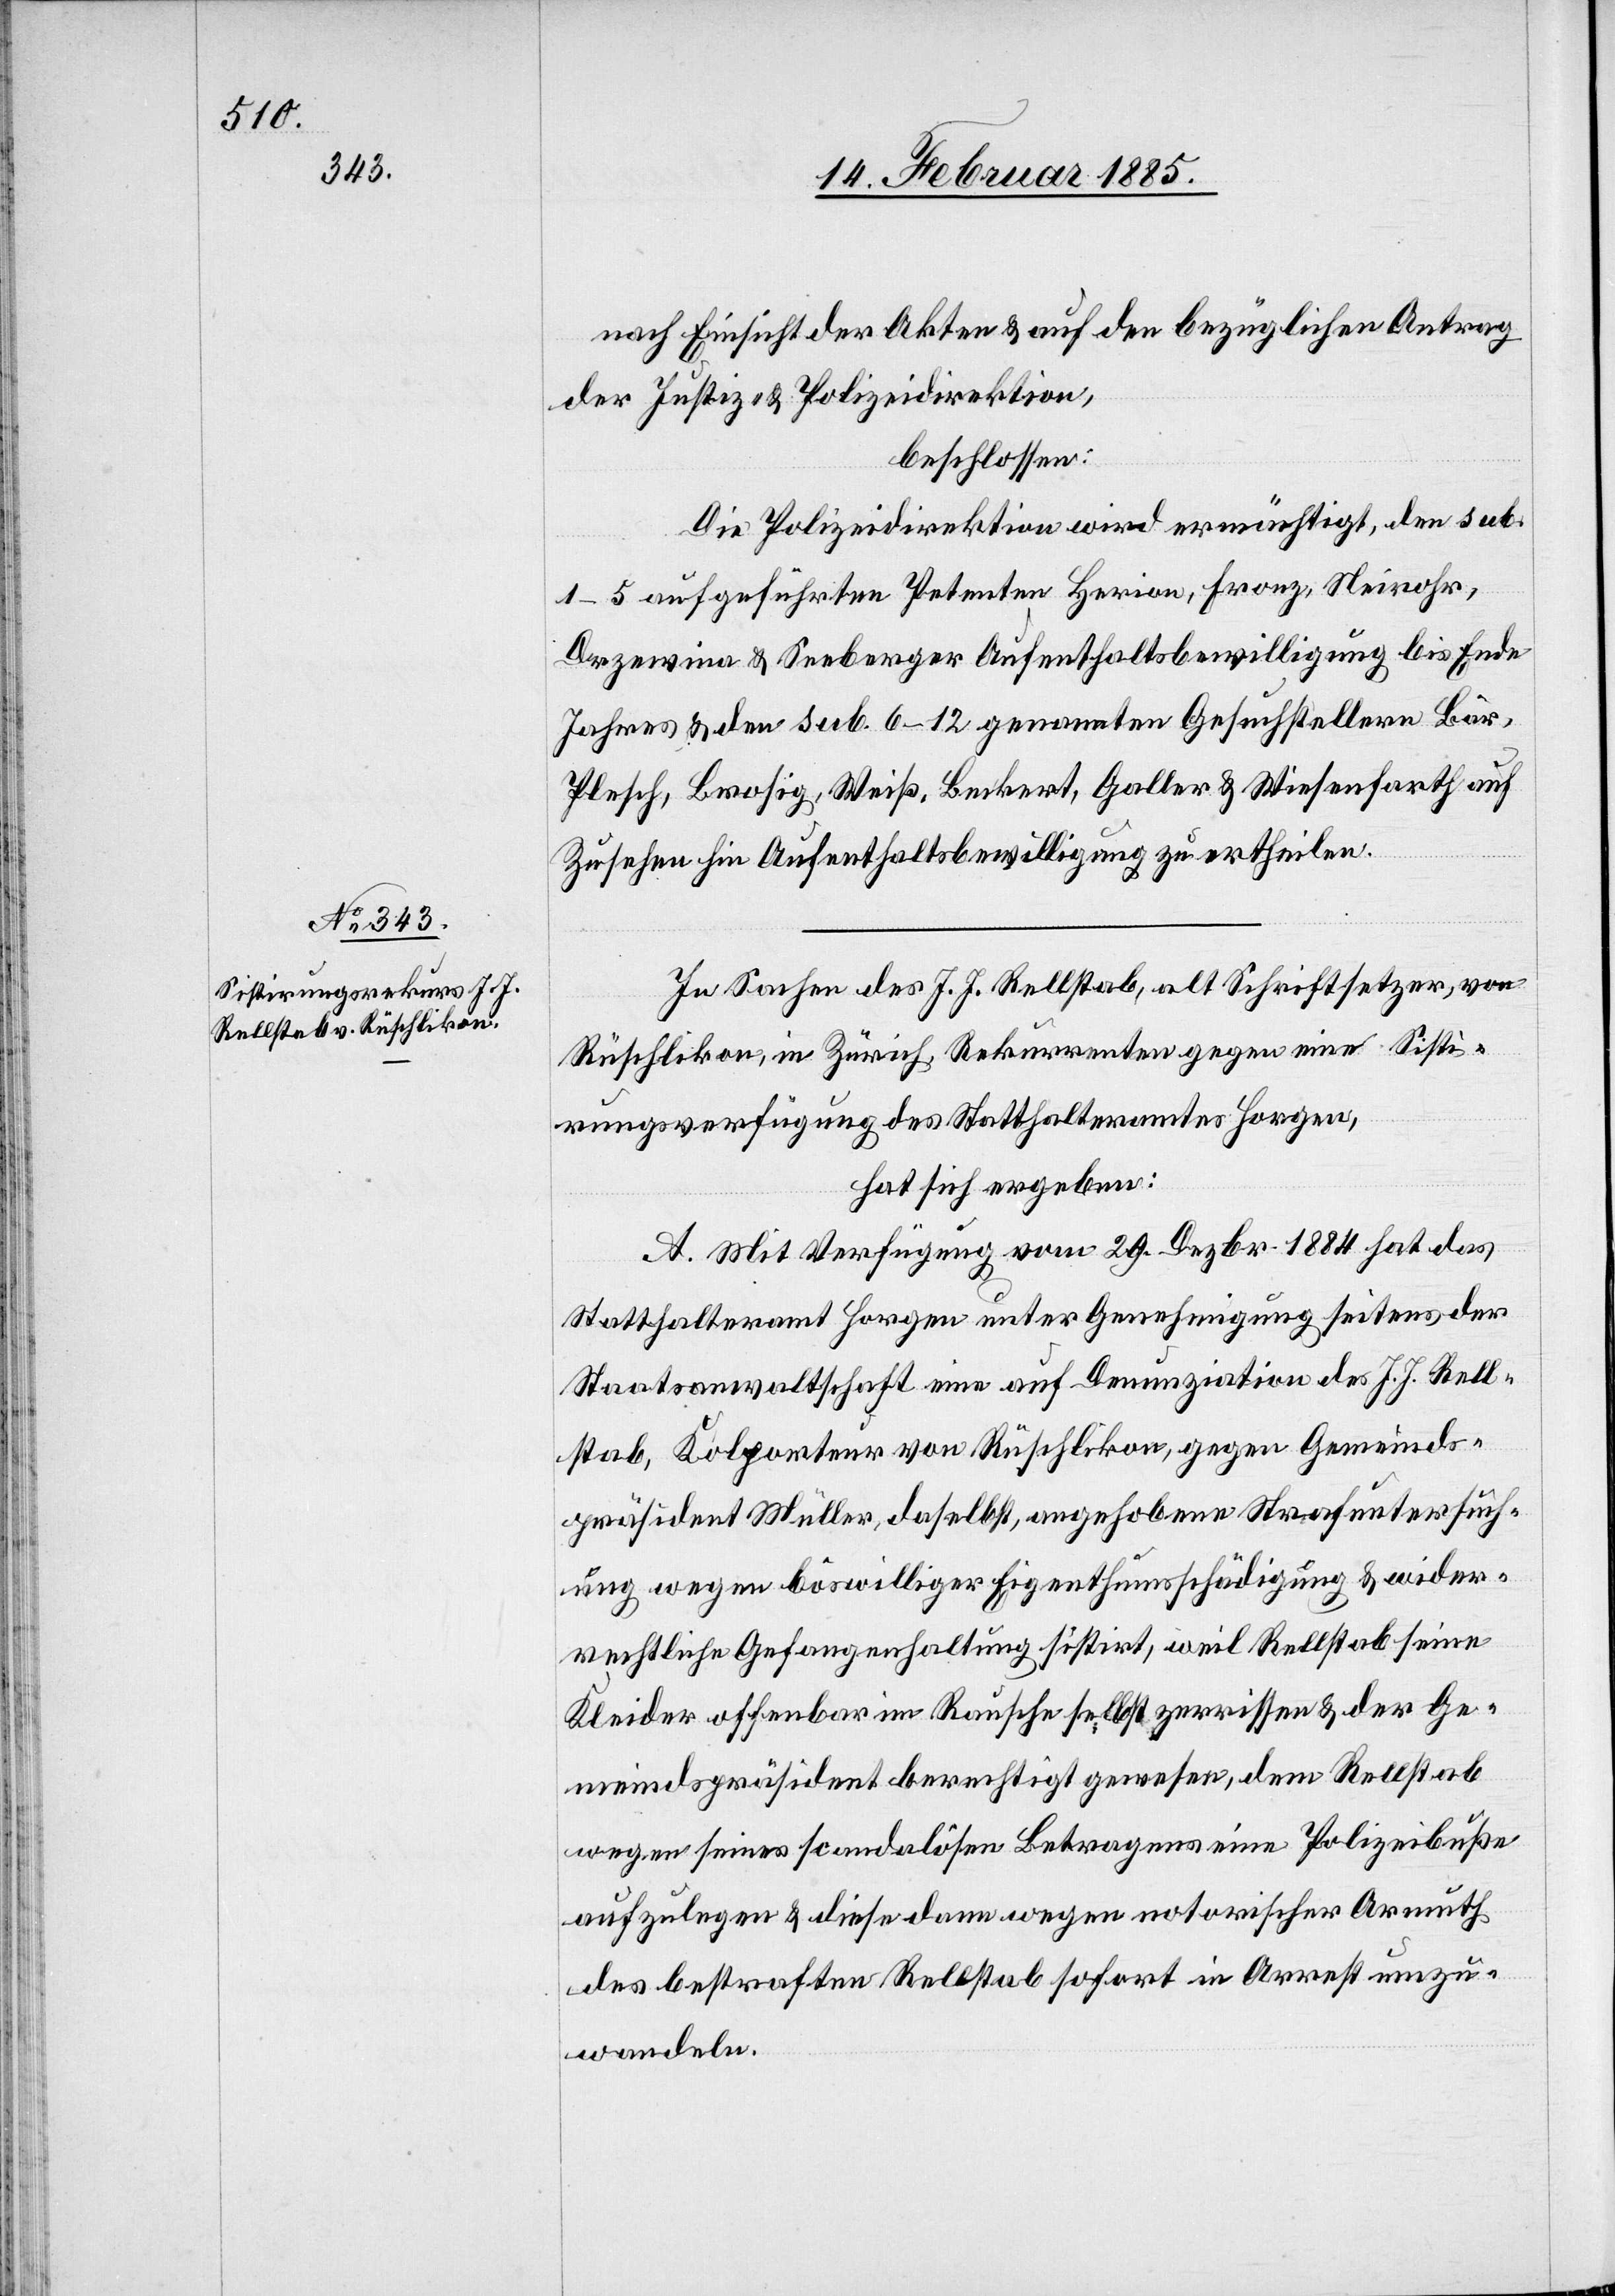
nach Einsicht der Akten & auf den bezüglichen Antrag
der Justiz- & Polizeidirektion,
beschlossen:
Die Polizeidirektion wird ermächtigt, den sub.
1–5 aufgeführten Petenten Herion, Fronz, Neirohr,
Drzewina & Seeberger Aufenthaltsbewilligung bis Ende
Jahres & den sub. 6–12 genannten Gesuchstellern Bär,
Plesch, Brosig, Weiß, Beckert, Galler & Wiesenfarth auf
Zusehen hin Aufenthaltsbewilligung zu ertheilen.
In Sachen des J. J. Rellstab, alt Schriftsetzer, von
Rüschlikon, in Zürich, Rekurrenten gegen eine Sisti¬
rungsverfügung des Statthalteramtes Horgen,
hat sich ergeben:
A. Mit Verfügung vom 29. Dezbr. 1884 hat das
Statthalteramt Horgen unter Genehmigung seitens der
Staatsanwaltschaft eine auf Denunziation des J. J. Rell¬
stab, Kolporteur von Rüschlikon, gegen Gemeinds¬
präsident Müller, daselbst angehobenen Strafuntersuch¬
ung wegen böswilliger Eigenthumsschädigung & wider¬
rechtliche Gefangenhaltung sistirt, weil Rellstab seine
Kleider offenbar im Rausche selbst zerrissen & der Ge¬
meindspräsident berechtigt gewesen, dem Rellstab
wegen seines scandalösen Betragens eine Polizeibuße
aufzulegen & diese dann wegen notorischer Armuth
des bestraften Rellstab sofort in Arrest umzu¬
wandeln.